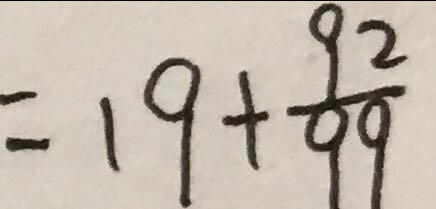
= 1 9 + \frac { 9 2 } { 9 9 }